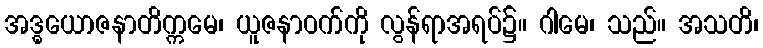
အဒ္ဓယောဇနာတိက္ကမေ၊ ယူဇနာဝက်ကို လွန်ရာအရပ်၌။ ဂါမေ၊ သည်။ အသတိ၊